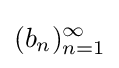
(b_{n})_{n=1}^{\infty }